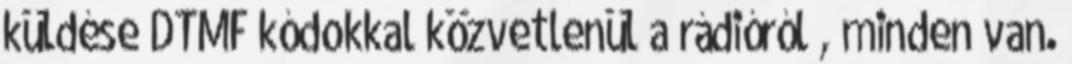
küldése DTMF kódokkal közvetlenül a rádióról , minden van.